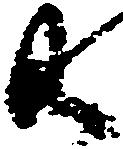
共